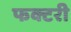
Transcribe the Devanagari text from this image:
फक्टरी